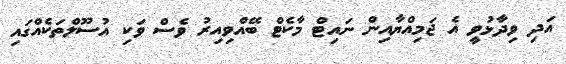
އަދި ވިދާޅުވީ އެ ޖަމިއްޔާއިން ނައިޓް މާކެޓް ބޭއްވިއިރު ވެސް ވަކި އުސޫލްތަކެއްގައި